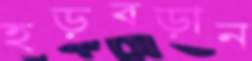
হড়বড়ান